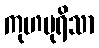
ကုဟပုရိသာ